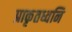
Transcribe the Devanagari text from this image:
प्राकृतध्वनि